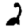
Digit: 2